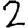
Digit: 2